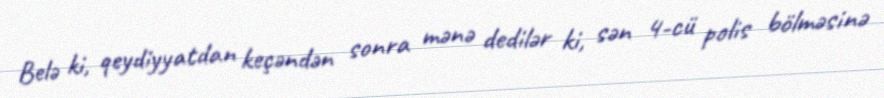
Belə ki, qeydiyyatdan keçəndən sonra mənə dedilər ki, sən 4-cü polis bölməsinə